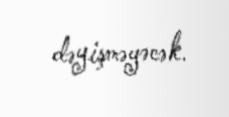
dəyişməyəcək.